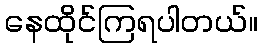
နေထိုင်ကြရပါတယ်။